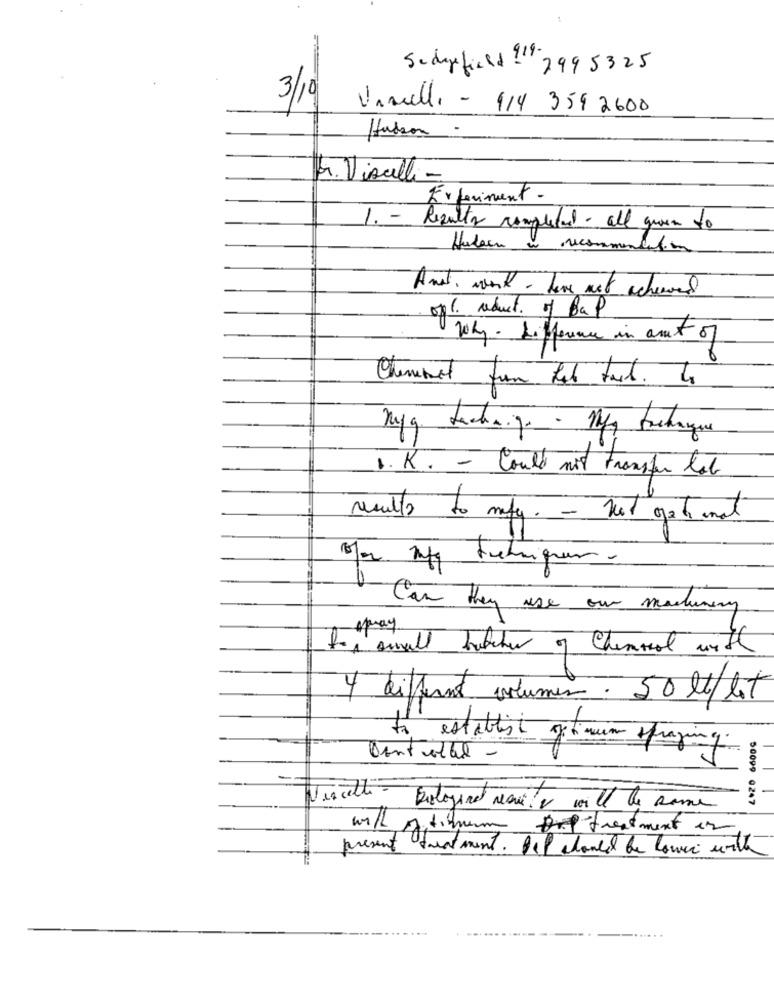
Scharficed !19.
7995325
3/10
Vanelli - 114 359 2600
Hudson -
r. Visuelle -
Experiment -
1. - Results completad - all quem to
Haben a recommendation
Anet work - have net achever
oft. aduct. of Bap
10kg . difference in amt of
Myg Lachaise - Mg trechaque
1. K. - Could not transfer let
results do mety. - net gationat
Can they use our machenery
foi awall hatcher of Chemical with
4 different volumen . 50 lb/ let
Dentotal -
to establish Jimin buying
50099 0247
Vercelli- biologiae Navi! I will de Rome
will optimum Dot treatment is
present treatment. Oil could be lower.
mi unta